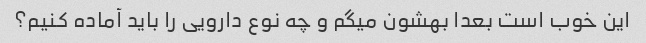
این خوب است بعدا بهشون میگم و چه نوع دارویی را باید آماده کنیم؟